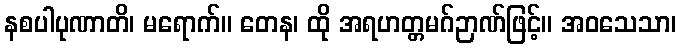
နစပါပုဏာတိ၊ မရောက်။ တေန၊ ထို အရဟတ္တမဂ်ဉာဏ်ဖြင့်။ အဝသေသာ၊